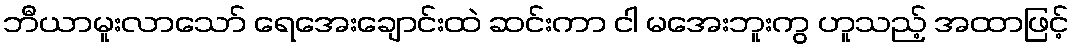
ဘီယာမူးလာသော် ရေအေးချောင်းထဲ ဆင်းကာ ငါ မအေးဘူးကွ ဟူသည့် အထာဖြင့်